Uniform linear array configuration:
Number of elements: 48
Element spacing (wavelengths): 0.25
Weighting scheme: kaiser
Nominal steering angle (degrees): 45
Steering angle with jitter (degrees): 45.163
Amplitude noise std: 0.05
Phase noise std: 0.05

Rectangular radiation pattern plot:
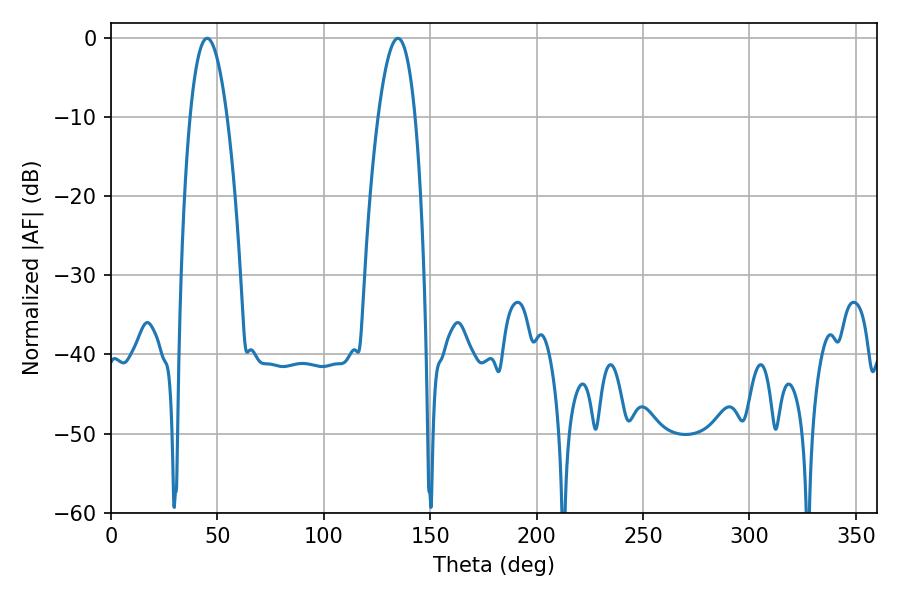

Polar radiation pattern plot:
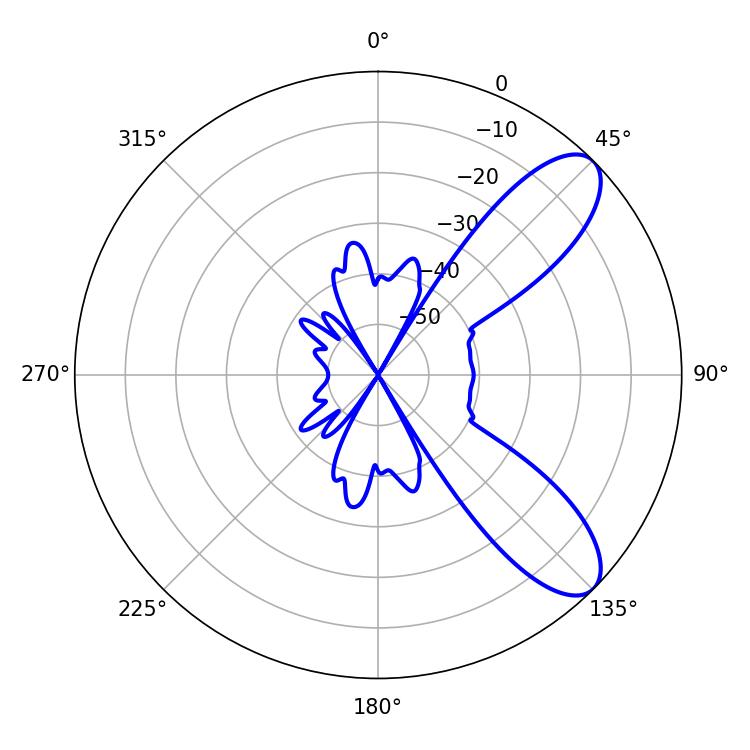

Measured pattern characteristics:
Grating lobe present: FALSE
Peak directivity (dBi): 8.929
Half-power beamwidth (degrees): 9.54
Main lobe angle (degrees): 45.18